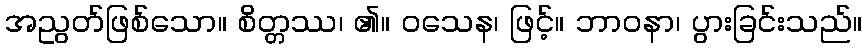
အညွတ်ဖြစ်သော။ စိတ္တဿ၊ ၏။ ဝသေန၊ ဖြင့်။ ဘာဝနာ၊ ပွားခြင်းသည်။